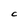
Character: C